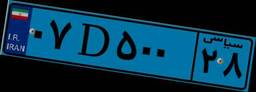
۰۷D۵۰۰۲۸